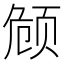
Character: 𬱟